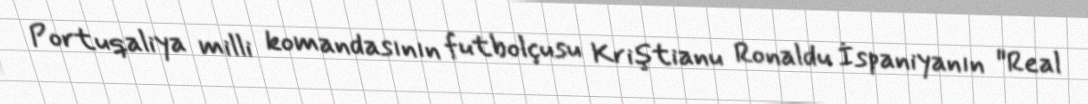
Portuqaliya milli komandasının futbolçusu Kriştianu Ronaldu İspaniyanın "Real